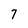
Character: 7